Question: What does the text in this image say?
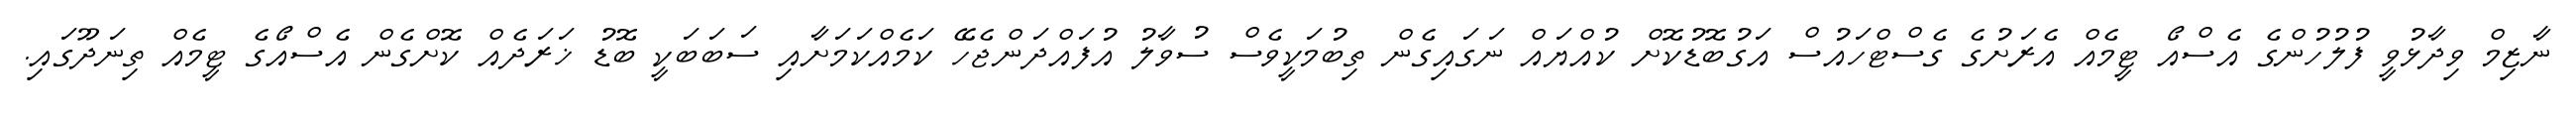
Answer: ނާޒިމް ވިދާޅުވީ ފުލުހުންގެ އެސްއޯ ޓީމެއް އެރަށުގެ ގެސްޓްހައުސް އަގުބޮޑުކޮށް ކުއްޔައް ނަގައިގެން ތިބުމަކީވެސް ސުވާލު އުފައްދަންޖެހޭ ކަމެއްކަމަށާއި ސަބަބަކީ ބޮޑު ޚަރަދެއް ކޮށްގެން އެސްއޯގެ ޓީމެއް ތިނަދޫގައި.